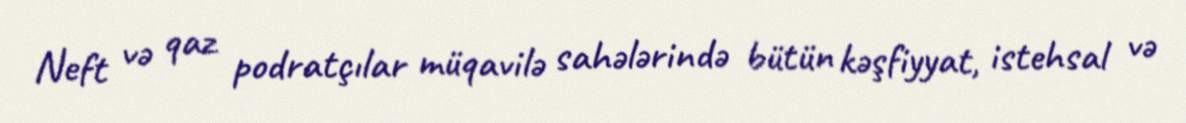
Neft və qaz podratçılar müqavilə sahələrində bütün kəşfiyyat, istehsal və